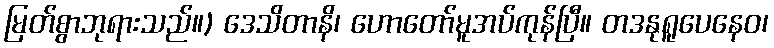
မြတ်စွာဘုရားသည်။) ဒေသိတာနိ၊ ဟောတော်မူအပ်ကုန်ပြီ။ တဒနုရူပေနေဝ၊